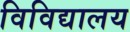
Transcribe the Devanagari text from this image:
विविद्यालय